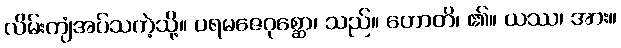
လိမ်းကျံအပ်သကဲ့သို့။ ပရမဇေဂုစ္ဆော၊ သည်။ ဟောတိ၊ ၏။ ယဿ၊ အား။